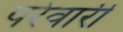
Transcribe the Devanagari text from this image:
परेवारी